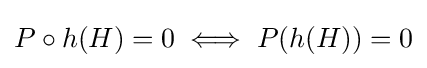
P\circ h(H)=0\iff P(h(H))=0